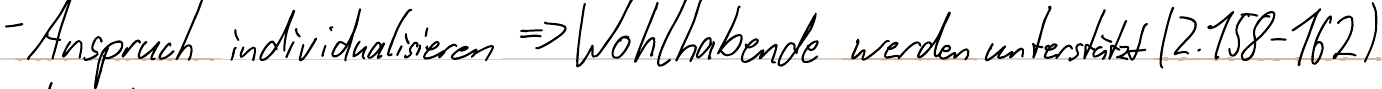
- Anspruch individualisieren => Wohlhabende werden unterstützt (Z.158-162)